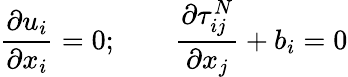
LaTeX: \frac{\partial u_{i}}{\partial x_{i}}=0;\qquad\frac{\partial\tau_{ij}^{N}}{\partial x_{j}}+b_{i}=0